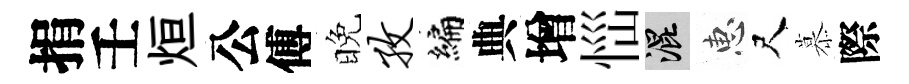
捐壬烜公傅晚孜編典增𢙉混惠尺慕際